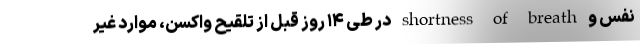
نفس و shortness of breath در طی ۱۴ روز قبل از تلقیح واکسن، موارد غیر